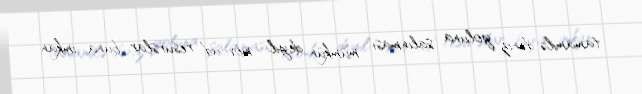
tamamilə dəniz yoluna salınması mümkün deyil: mövcud resurslar buna imkan